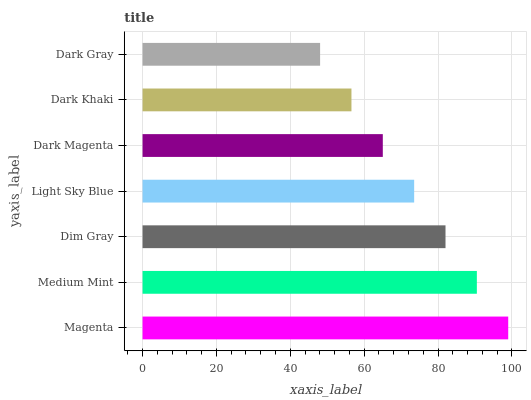
| yaxis_label | bars |
 | --- | --- |
 | Magenta | 99 |
 | Medium Mint | 90.5 |
 | Dim Gray | 82 |
 | Light Sky Blue | 73.5 |
 | Dark Magenta | 65 |
 | Dark Khaki | 56.6 |
 | Dark Gray | 48.1 |